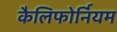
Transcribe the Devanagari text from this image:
कैलिफोर्नियम